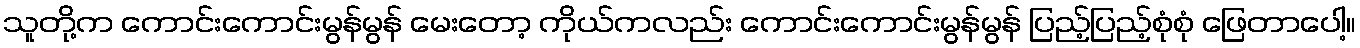
သူတို့က ကောင်းကောင်းမွန်မွန် မေးတော့ ကိုယ်ကလည်း ကောင်းကောင်းမွန်မွန် ပြည့်ပြည့်စုံစုံ ဖြေတာပေါ့။